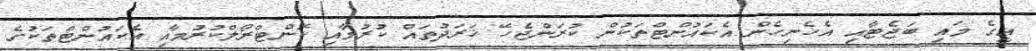
އީގެ މައި ބަޖެޓާއި އެހެނިހެން އެކައުންޓްތަކުން ކުރަންޖެހޭ ޚަރަދުތައް ކުރުމާއި ކޮންޓްރޯލްކުރުމާއި އެކައުންޓްތަކުގެ